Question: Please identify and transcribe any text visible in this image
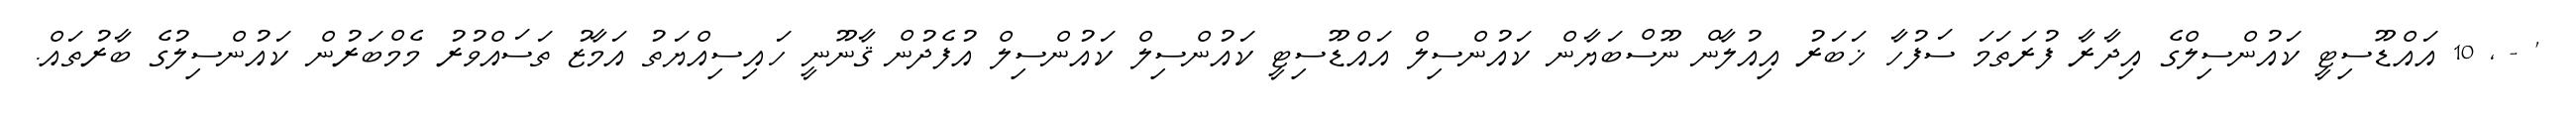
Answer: ' - , 10 އައްޑޫސިޓީ ކައުންސިލްގެ އިދާރާ ފުރަތަމަ ސަފުހާ ޚަބަރު އިއުލާން ނޫސްބަޔާން ކައުންސިލް އައްޑޫސިޓީ ކައުންސިލް ކައުންސިލް އުފެދުން ޤާނޫނީ ހައިސިއްޔަތު އަމާޒު ތަސައްވުރު މެމްބަރުން ކައުންސިލުގެ ބާރުތައް.